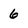
Character: 6